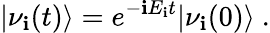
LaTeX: |\nu_{\mathbf{i}}(t)\rangle=e^{-\mathbf{i}E_{\mathbf{i}}t}|\nu_{\mathbf{i}}(0)\rangle~.